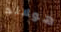
هولاند